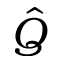
\hat { Q }